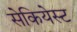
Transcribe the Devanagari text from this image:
सेकियेस्ट